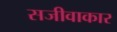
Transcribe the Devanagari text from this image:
सजीवाकार